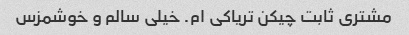
مشتری ثابت چیکن تریاکی ام. خیلی سالم و خوشمزس